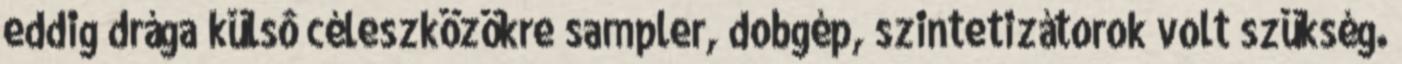
eddig drága külsô céleszközökre sampler, dobgép, szintetizátorok volt szükség.